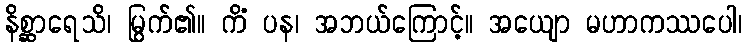
နိစ္ဆာရေသိ၊ မြွက်၏။ ကိံ ပန၊ အဘယ်ကြောင့်။ အယျော မဟာကဿပေါ၊